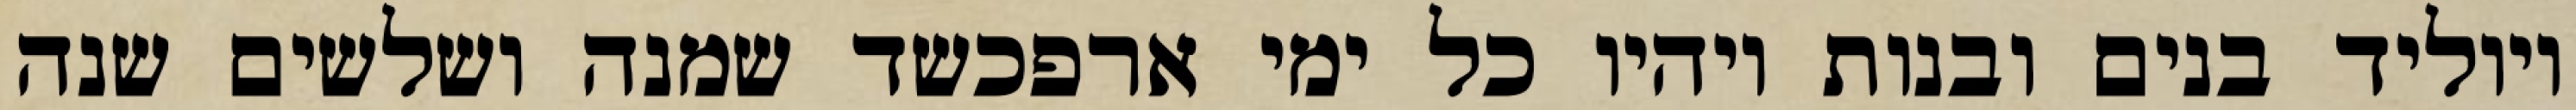
ויוליד בנים ובנות ויהיו כל ימי ארפכשד שמנה ושלשים שנה